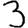
Digit: 3